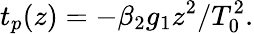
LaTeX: t_{p}(z)=-\beta_{2}g_{1}z^{2}/T_{0}^{2}.